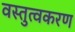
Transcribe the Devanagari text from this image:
वस्तुत्वकरण